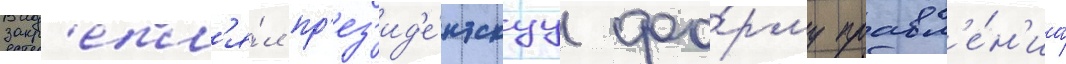
закр'епл'я́л пр'ез'ид'е́нтскуу фо́рму правл'е́н'иа